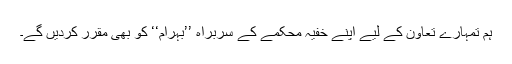
ہم تمہارے تعاون کے لیے اپنے خفیہ محکمے کے سربراہ ’’بہرام‘‘ کو بھی مقرر کردیں گے۔